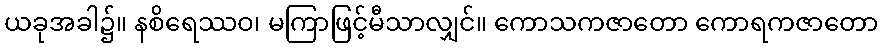
ယခုအခါ၌။ နစိရေဿဝ၊ မကြာဖြင့်မီသာလျှင်။ ကောသကဇာတော ကောရကဇာတော